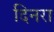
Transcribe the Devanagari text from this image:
दिनरा